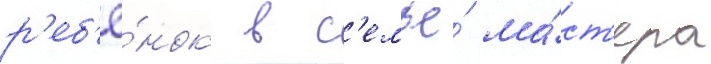
р'еб'ё́нок в с'емье́ ма́ст'ера